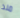
منذ